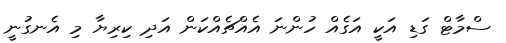
ސްމާޓް ގަޑި އަކީ އަގެއް ހުންނަ އެއްޗެއްކަން އަދި ކިރިޔާ މި އެނގުނީ